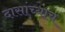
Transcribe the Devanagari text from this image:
दासांच्याच